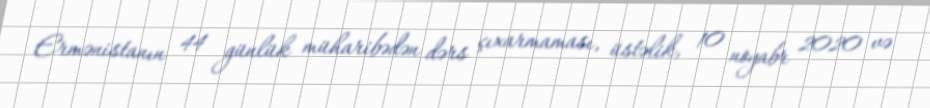
Ermənistanın 44 günlük müharibədən dərs çıxarmaması, üstəlik, 10 noyabr 2020 və